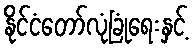
နိုင်ငံတော်လုံခြုံရေးနှင့်